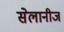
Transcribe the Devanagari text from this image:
सेलानीज